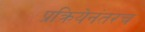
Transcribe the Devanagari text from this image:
प्रक्रियेनंतरच